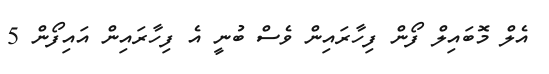
އެލް މޮބައިލް ފޯން ފިހާރައިން ވެސް ބުނީ އެ ފިހާރައިން އައިފޯން 5